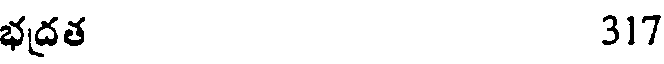
భద్రత 317